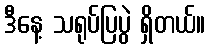
ဒီနေ့ သရုပ်ပြပွဲ ရှိတယ်။